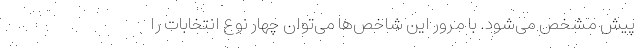
پیش مشخص می‌شود. با مرور این شاخص‌ها می‌توان چهار نوع انتخابات را